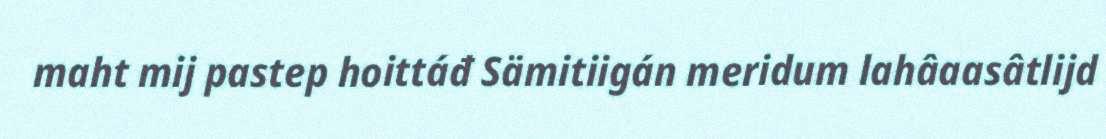
maht mij pastep hoittáđ Sämitiigán meridum lahâaasâtlijd